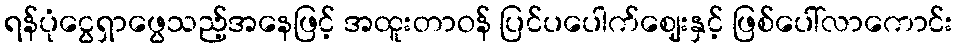
ရန်ပုံငွေရှာဖွေသည့်အနေဖြင့် အထူးတာဝန် ပြင်ပပေါက်ဈေးနှင့် ဖြစ်ပေါ်လာကောင်း